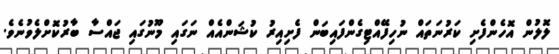
ލޮލުން އޮހެންފެށި ކަރުނަތައް ނުހިފޭއްޓިގެންފައިބަން ފެށިއިރު ކުޝަންއެއް ނަގައި މޫނުގައި ޖައްސާ ބާރުކޮށްލެވުނެވެ.